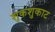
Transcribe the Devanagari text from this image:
शुकशुकाट